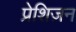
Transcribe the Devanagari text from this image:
प्रेशिज़न